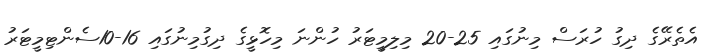
އެތެރޭގެ ދިގު ހުރަސް މިނުގައި 25-20 މިލިމީޓަރު ހުންނަ މިހޮޅީގެ ދިގުމިނުގައި 16-10ސެންޓިމީޓަރު